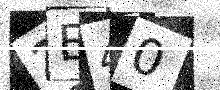
Text: 2E40